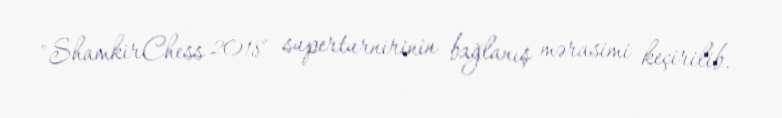
"ShamkirChess 2018" superturnirinin bağlanış mərasimi keçirilib.